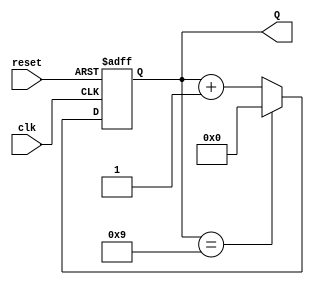
module BCD_Asynchronous_Counter (
    input wire clk,          // Clock input
    input wire reset,        // Asynchronous reset input
    output reg [3:0] Q       // BCD output (4 bits)
);

// Asynchronous reset and counting logic
always @(posedge clk or posedge reset) begin
    if (reset) begin
        Q <= 4'b0000;       // Reset the counter to 0
    end else begin
        if (Q == 4'b1001) begin
            Q <= 4'b0000;   // Roll over to 0 when reaching 10 (1010)
        end else begin
            Q <= Q + 1;     // Increment the counter
        end
    end
end

endmodule